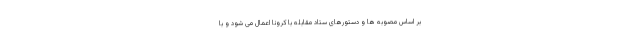
بر اساس مصوبه ها و دستورهای ستاد مقابله با کرونا اعمال می شود و با